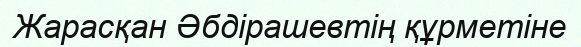
Жарасқан Әбдірашевтің құрметіне